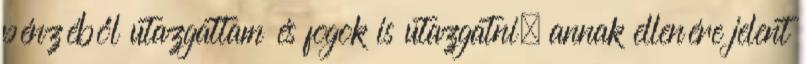
pénzéből utazgattam és fogok is utazgatni, annak ellenére jelent